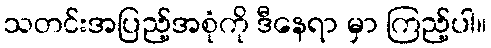
သတင်းအပြည့်အစုံကို ဒီနေရာ မှာ ကြည့်ပါ။